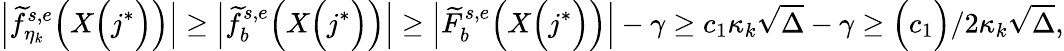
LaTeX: \Big|\widetilde{f}_{\eta_{k}}^{s,e}\Big(X\Big(j^{*}\Big)\Big)\Big|\geq\Big|\widetilde{f}_{b}^{s,e}\Big(X\Big(j^{*}\Big)\Big)\Big|\geq\Big|\widetilde{F}_{b}^{s,e}\Big(X\Big(j^{*}\Big)\Big)\Big|-\gamma\geq c_{1}\kappa_{k}\sqrt{\Delta}-\gamma\geq\Big(c_{1}\Big)/2\kappa_{k}\sqrt{\Delta},